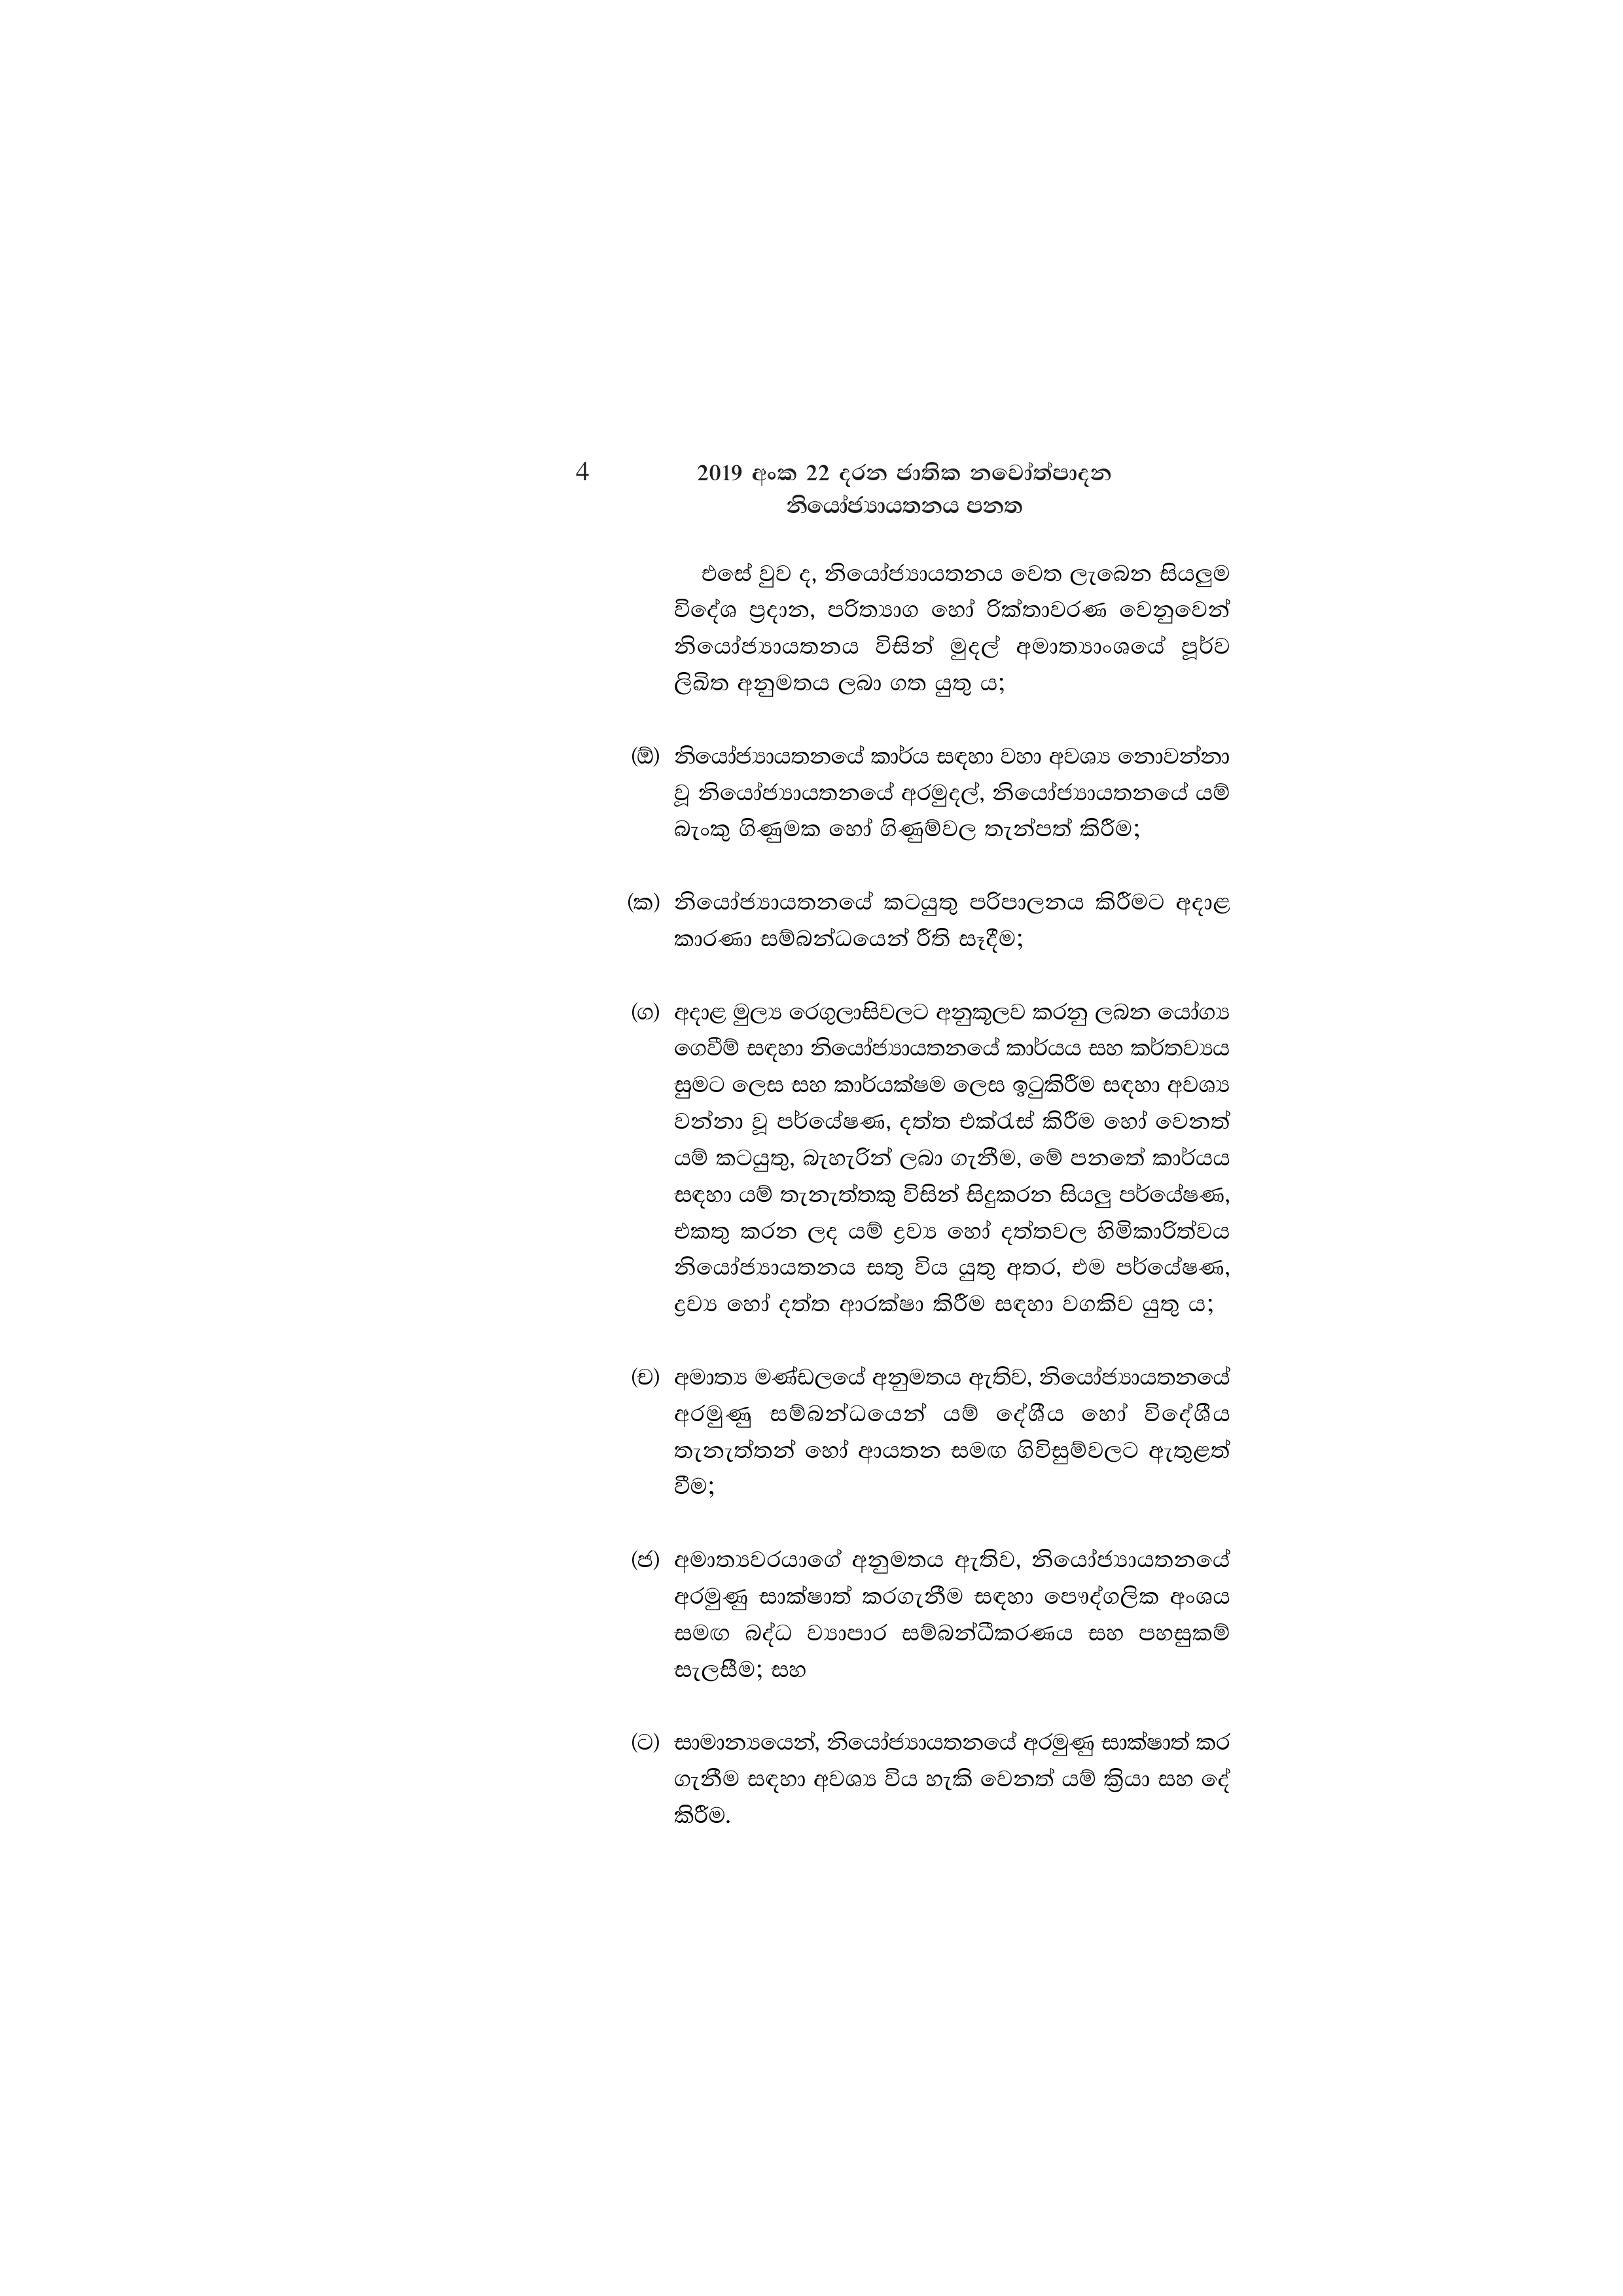
4 2019 අංක 22 දරන ජාතික නවෝත්පාදන
නියෝජ්‍යායතනය පනත

එසේ වුව ද, නියෝජ්‍යායතනය වෙත ලැබෙන සියලුම
විදේශ ප්‍රදාන, පරිත්‍යාග හෝ රික්තාවරණ වෙනුවෙන්
නියෝජ්‍යායතනය විසින් මුදල් අමාත්‍යාංශයේ පූර්ව
ලිඛිත අනුමතය ලබා ගත යුතු ය;

(ඕ) නියෝජ්‍යායතනයේ කාර්ය සඳහා වහා අවශ්‍ය නොවන්නා
වූ නියෝජ්‍යායතනයේ අරමුදල්, නියෝජ්‍යායතනයේ යම්
බැංකු ගිණුමක හෝ ගිණුම්වල තැන්පත් කිරීම;

(ක) නියෝජ්‍යායතනයේ කටයුතු පරිපාලනය කිරීමට අදාළ
කාරණා සම්බන්ධයෙන් රීති සෑදීම;

(ග) අදාළ මුල්‍ය රෙගුලාසිවලට අනුකූලව කරනු ලබන යෝග්‍ය
ගෙවීම් සඳහා නියෝජ්‍යායතනයේ කාර්යය සහ කර්තව්‍යය
සුමට ලෙස සහ කාර්යක්ෂම ලෙස ඉටුකිරීම සඳහා අවශ්‍ය
වන්නා වූ පර්යේෂණ, දත්ත එක්රැස් කිරීම හෝ වෙනත්
යම් කටයුතු, බැහැරින් ලබා ගැනීම, මේ පනතේ කාර්යය
සඳහා යම් තැනැත්තකු විසින් සිදුකරන සියලු පර්යේෂණ,
එකතු කරන ලද යම් ද්‍රව්‍ය හෝ දත්තවල හිමිකාරිත්වය
නියෝජ්‍යායතනය සතු විය යුතු අතර, එම පර්යේෂණ,
ද්‍රව්‍ය හෝ දත්ත ආරක්ෂා කිරීම සඳහා වගකිව යුතු ය;

(ච) අමාත්‍ය මණ්ඩලයේ අනුමතය ඇතිව, නියෝජ්‍යායතනයේ
අරමුණු සම්බන්ධයෙන් යම් දේශීය හෝ විදේශීය
තැනැත්තන් හෝ ආයතන සමඟ ගිවිසුම්වලට ඇතුළත්
වීම;

(ජ) අමාත්‍යවරයාගේ අනුමතය ඇතිව, නියෝජ්‍යායතනයේ
අරමුණු සාක්ෂාත් කරගැනීම සඳහා පෞද්ගලික අංශය
සමඟ බද්ධ ව්‍යාපාර සම්බන්ධීකරණය සහ පහසුකම්
සැලසීම; සහ

(ට) සාමාන්‍යයෙන්, නියෝජ්‍යායතනයේ අරමුණු සාක්ෂාත් කර
ගැනීම සඳහා අවශ්‍ය විය හැකි වෙනත් යම් ක්‍රියා සහ දේ
කිරීම.